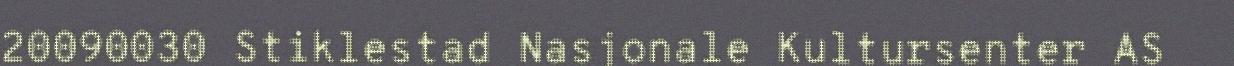
20090030 Stiklestad Nasjonale Kultursenter AS